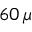
6 0 \, \mu